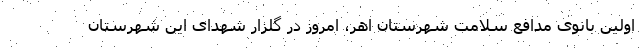
اولین بانوی مدافع سلامت شهرستان اهر، امروز در گلزار شهدای این شهرستان